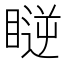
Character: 𥉥